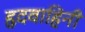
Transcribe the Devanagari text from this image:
हृदवाहिनी